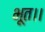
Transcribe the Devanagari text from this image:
भूत।।